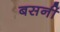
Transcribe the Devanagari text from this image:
बसनीं